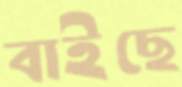
বাইছে